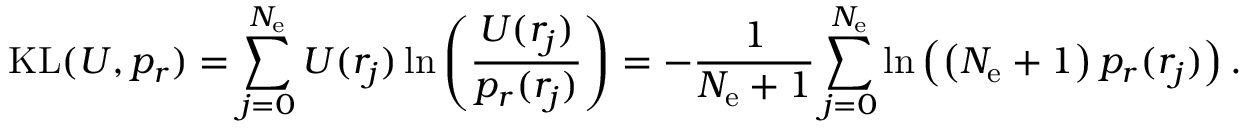
\mathrm { K L } ( U , p _ { r } ) = \sum _ { j = 0 } ^ { N _ { \mathrm { e } } } U ( r _ { j } ) \ln \left( \frac { U ( r _ { j } ) } { p _ { r } ( r _ { j } ) } \right) = - \frac { 1 } { N _ { \mathrm { e } } + 1 } \sum _ { j = 0 } ^ { N _ { \mathrm { e } } } \ln \left( \left( N _ { \mathrm { e } } + 1 \right) p _ { r } ( r _ { j } ) \right) .